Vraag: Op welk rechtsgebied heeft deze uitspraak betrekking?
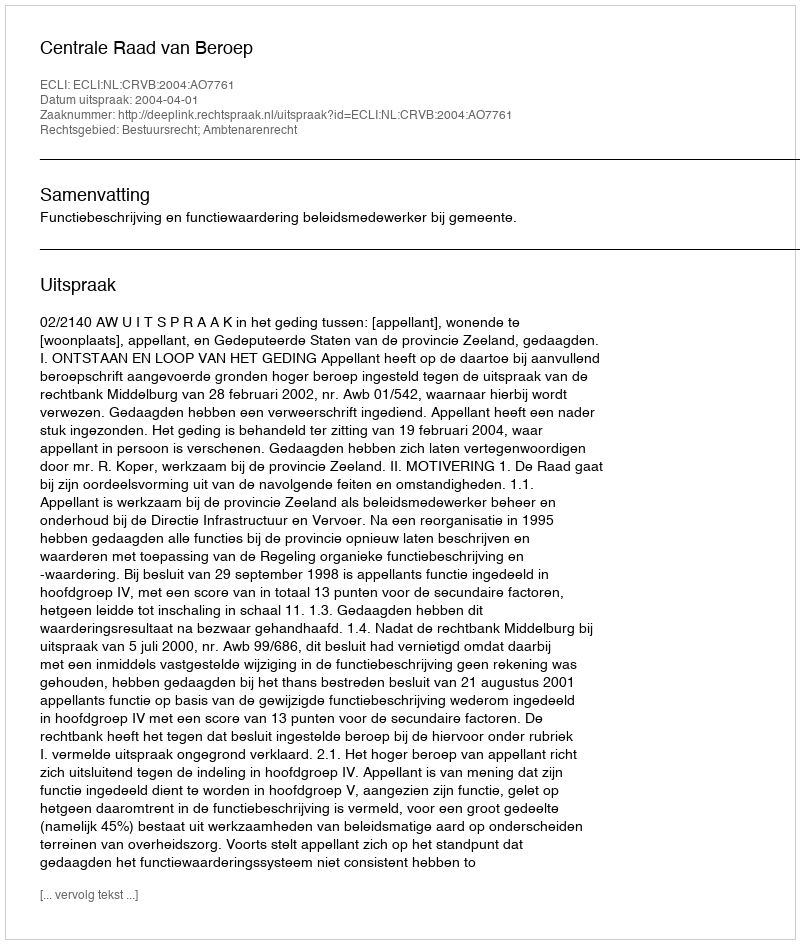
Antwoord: Bestuursrecht; Ambtenarenrecht